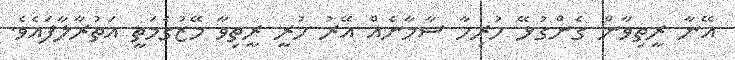
އޭނާ ރީތިވާން ގެންގުޅޭ ހުރިހާ ސާމާނެއް އޭރު ހުރީ ރީތިވާ މޭޒުގެމަތީ އަތުރާލާފައެވެ.